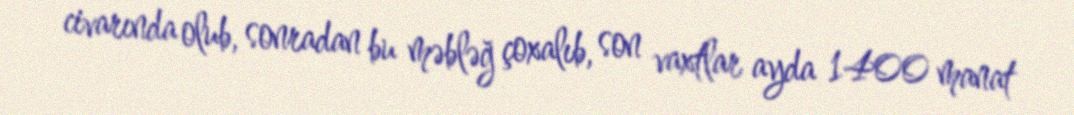
civarında olub, sonradan bu məbləğ çoxalıb, son vaxtlar ayda 1400 manat